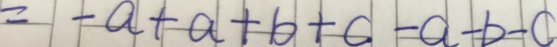
= - a + a + b + c - a - b - c